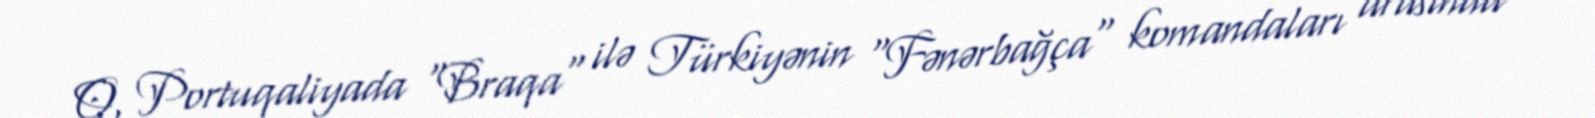
O, Portuqaliyada "Braqa" ilə Türkiyənin "Fənərbağça" komandaları arasında